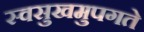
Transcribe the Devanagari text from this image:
स्वसुखमुपगते